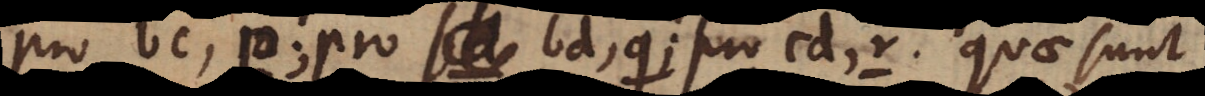
pro bc, p; pro bd, q; pro cd, r. Quae sunt